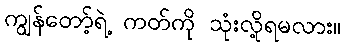
ကျွန်တော့်ရဲ့ ကတ်ကို သုံးလို့ရမလား။